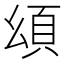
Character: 𩑗